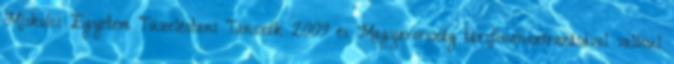
Miskolci Egyetem Tüzeléstani Tanszék 2009 és Magyarország társfinanszírozásával valósul